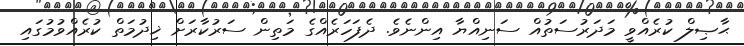
ޙާޞިލް ކުރެއްވީ މަދަރުސަތުއް ސަނިއްޔާ އިންނެވެ. ދެފަހަރެއްގެ މަތިން ސަރުކާރަށް ޚިދުމަތް ކުރެއްވުމުގައި